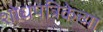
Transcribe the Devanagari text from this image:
शोधपत्रिकेच्या